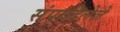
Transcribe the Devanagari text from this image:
संपादिलेले